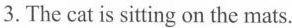
3.The cat is sitting on the mats.